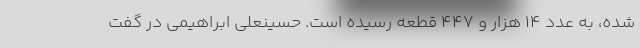
شده، به عدد ۱۴ هزار و ۴۴۷ قطعه رسیده است. حسینعلی ابراهیمی در گفت